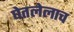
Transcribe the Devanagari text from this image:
घेतलेलाच